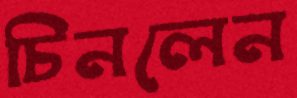
চিনলেন